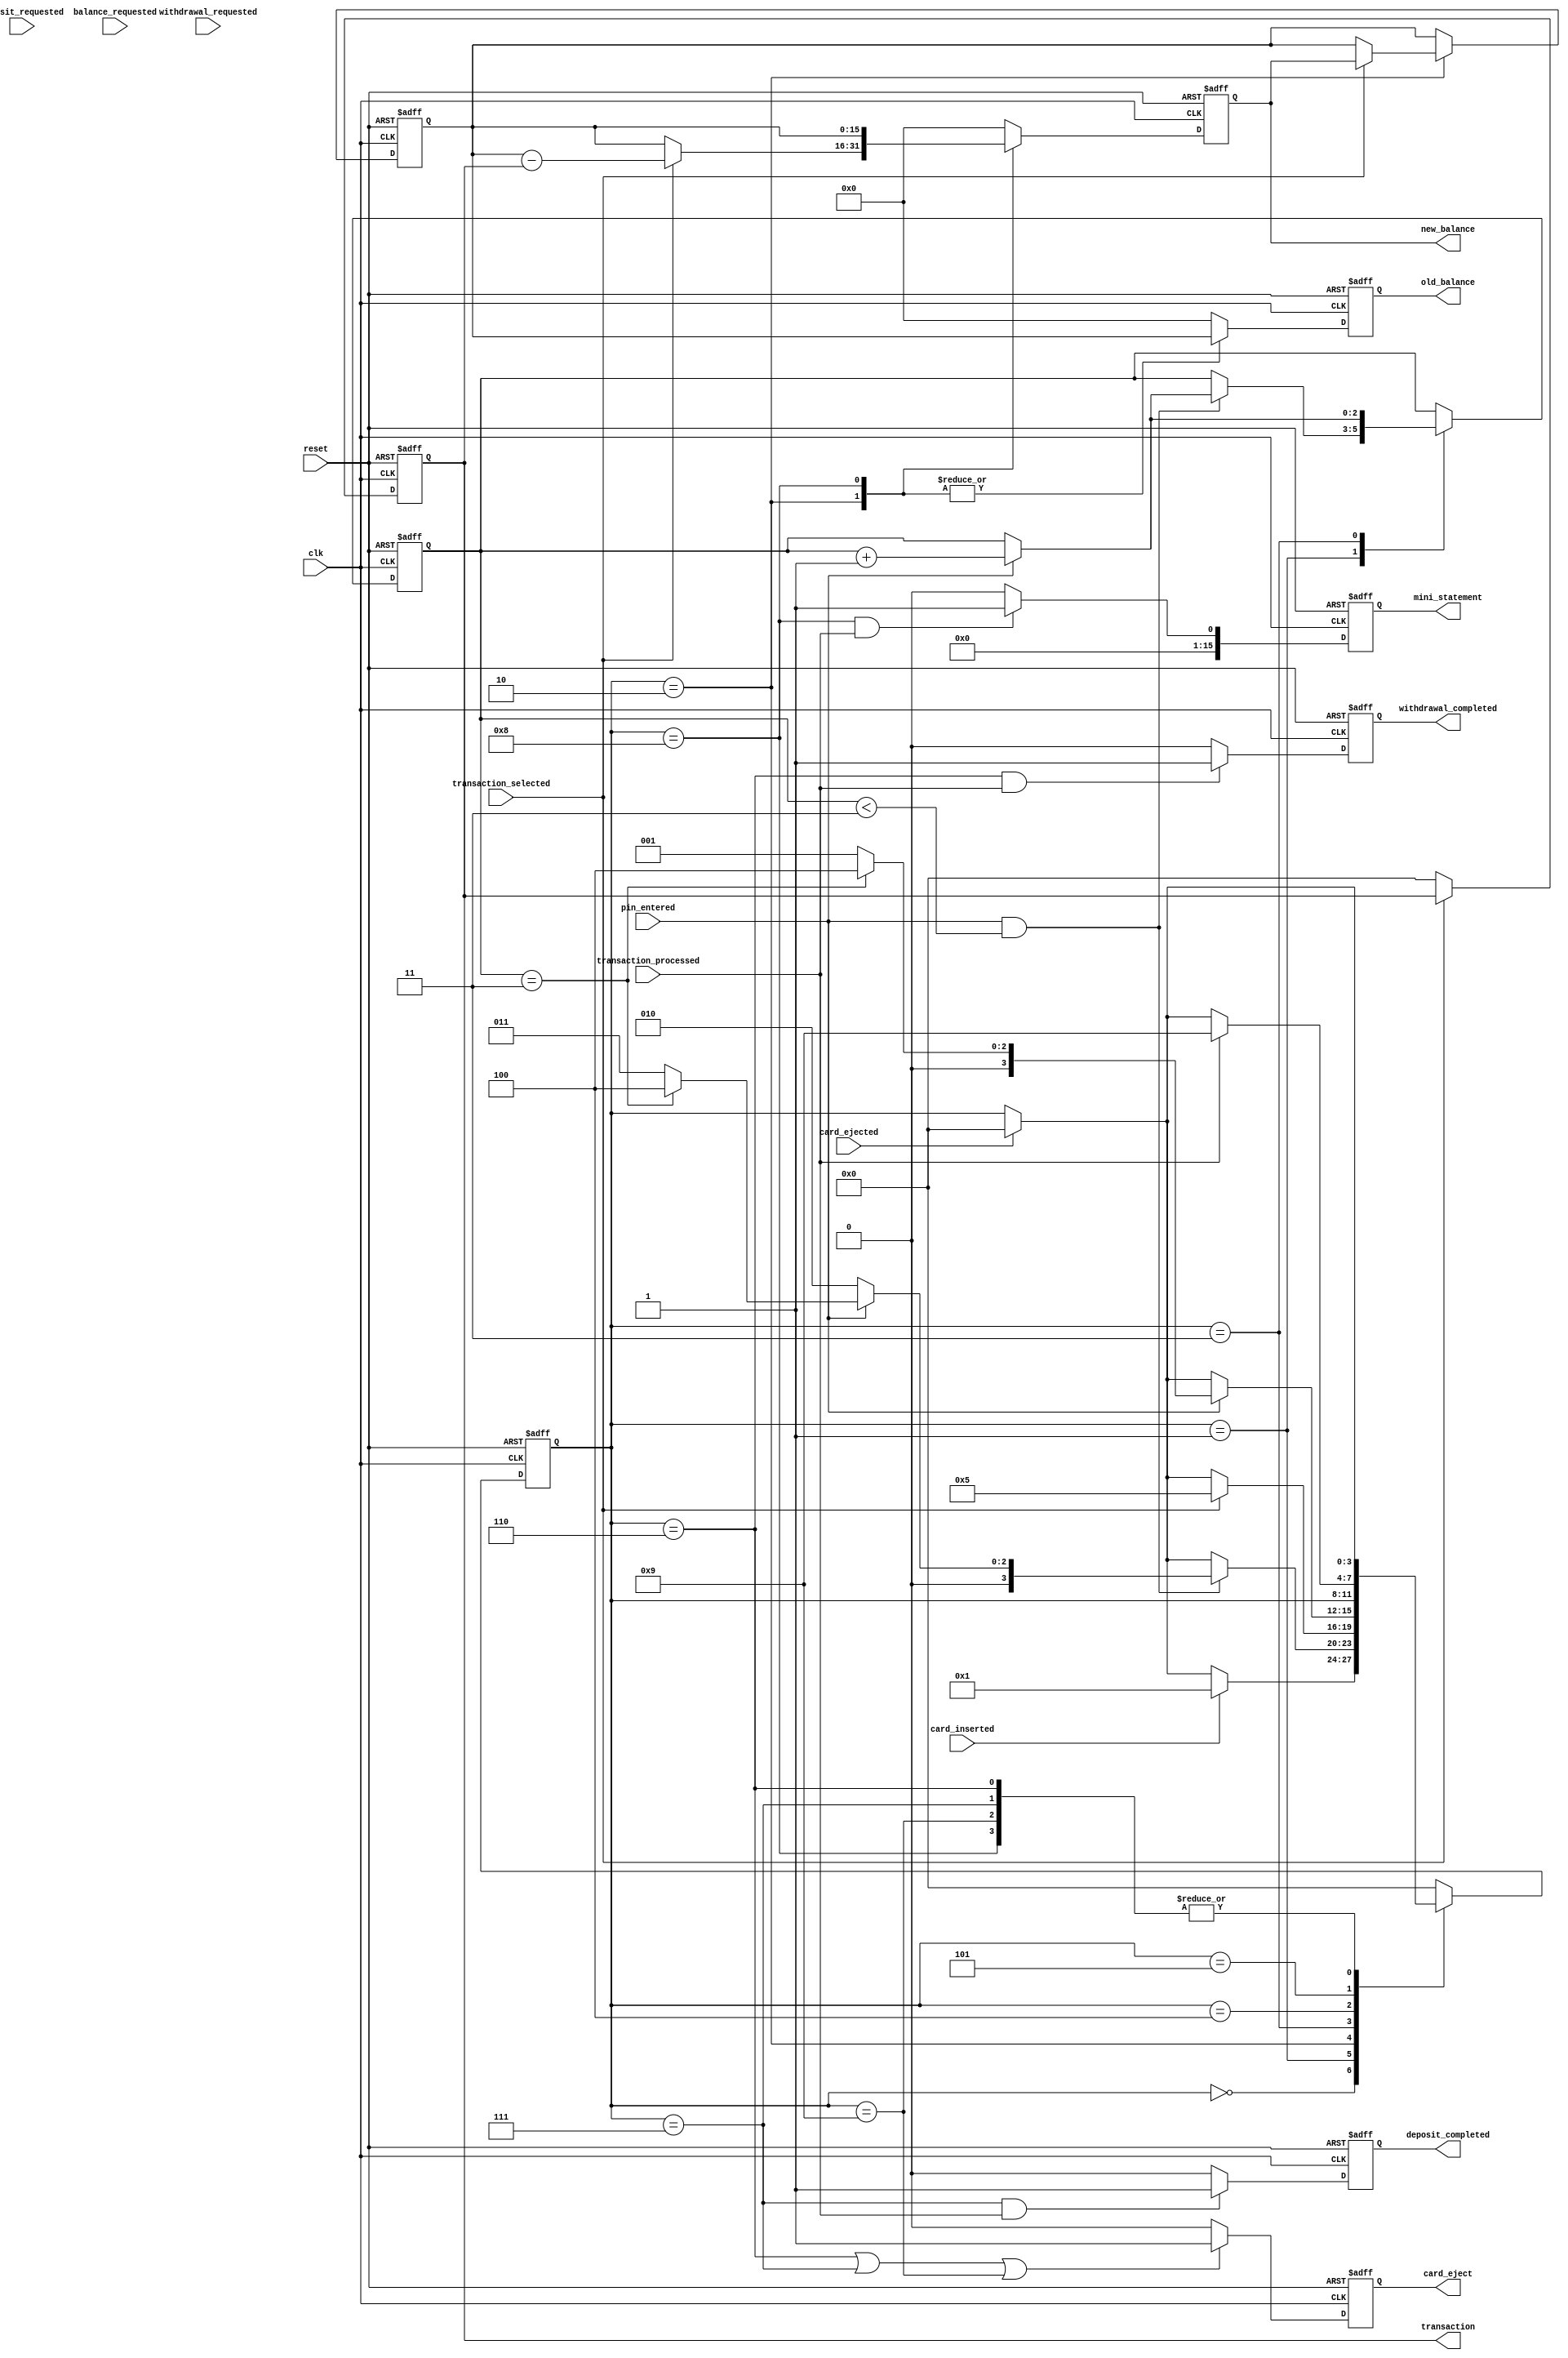
module ATM_Controller (
  input wire clk,
  input wire reset,
  input wire card_inserted,
  input wire pin_entered,
  input wire transaction_selected,
  input wire transaction_processed,
  input wire card_ejected,
  input wire withdrawal_requested,
  input wire deposit_requested,
  input wire balance_requested,
  output reg card_eject,
  output reg [3:0] transaction,
  output reg withdrawal_completed,
  output reg deposit_completed,
  output reg [15:0] old_balance,
  output reg [15:0] new_balance,
  output reg [15:0] mini_statement
);

  // Define the states
  localparam IDLE_STATE = 4'b0000;
  localparam CARD_INSERTED_STATE = 4'b0001;
  localparam PIN_VERIFIED_STATE = 4'b0010;
  localparam PIN_INVALID_STATE = 4'b0011;
  localparam LOCKED_STATE = 4'b0100;
  localparam TRANSACTION_SELECTED_STATE = 4'b0101;
  localparam WITHDRAWAL_STATE = 4'b0110;
  localparam DEPOSIT_STATE = 4'b0111;
  localparam BALANCE_INQUIRY_STATE = 4'b1000;
  localparam TRANSACTION_COMPLETE_STATE = 4'b1001;

  // Define the parameters
  localparam MAX_PIN_ATTEMPTS = 3;
  localparam LOCKED_DURATION = 24;

  // Define the outputs
  reg [3:0] state;
  reg [2:0] pin_attempts;
  reg [3:0] lock_timer;
  reg [15:0] balance;

  // Define the state register
  always @(posedge clk or posedge reset) begin
    if (reset) begin
      state <= IDLE_STATE;
      pin_attempts <= 0;
      lock_timer <= 0;
    end
    else begin
      case (state)
        IDLE_STATE:
          if (card_inserted)
            state <= CARD_INSERTED_STATE;
          else if (card_ejected)
            state <= IDLE_STATE;
        CARD_INSERTED_STATE:
          if (pin_entered && pin_attempts < MAX_PIN_ATTEMPTS) begin
            if (pin_entered == 4'b0000) // Replace with actual valid PIN
              state <= PIN_VERIFIED_STATE;
            else begin
              pin_attempts <= pin_attempts + 1;
              if (pin_attempts == MAX_PIN_ATTEMPTS)
                state <= LOCKED_STATE;
              else
                state <= PIN_INVALID_STATE;
            end
          end
          else if (card_ejected)
            state <= IDLE_STATE;
        PIN_VERIFIED_STATE:
          if (transaction_selected)
            state <= TRANSACTION_SELECTED_STATE;
          else if (card_ejected)
            state <= IDLE_STATE;
        PIN_INVALID_STATE:
          if (pin_entered) begin
            pin_attempts <= pin_attempts + 1;
            if (pin_attempts == MAX_PIN_ATTEMPTS)
              state <= LOCKED_STATE;
            else
              state <= CARD_INSERTED_STATE;
          end
          else if (card_ejected)
            state <= IDLE_STATE;
        LOCKED_STATE:
          if (lock_timer == LOCKED_DURATION)
            state <= IDLE_STATE;
          else
            lock_timer <= lock_timer + 1;
        TRANSACTION_SELECTED_STATE:
          if (transaction_processed)
            state <= TRANSACTION_COMPLETE_STATE;
          else if (card_ejected)
            state <= IDLE_STATE;
        WITHDRAWAL_STATE, DEPOSIT_STATE, BALANCE_INQUIRY_STATE, TRANSACTION_COMPLETE_STATE:
          if (card_ejected)
            state <= IDLE_STATE;
        default:
          state <= IDLE_STATE;
      endcase
    end
  end

  // Define the output register assignments
  always @(posedge clk or posedge reset) begin
    if (reset) begin
      card_eject <= 0;
      transaction <= 0;
      withdrawal_completed <= 0;
      deposit_completed <= 0;
      old_balance <= 0;
      new_balance <= 0;
      mini_statement <= 0;
      balance <= 1000; // Replace with initial balance value
    end
    else begin
      card_eject <= (state == WITHDRAWAL_STATE || state == DEPOSIT_STATE || state == TRANSACTION_COMPLETE_STATE) ? 1'b1 : 1'b0;
      transaction <= transaction_selected ? transaction : 4'b0000;
      withdrawal_completed <= (state == WITHDRAWAL_STATE && transaction_processed) ? 1'b1 : 1'b0;
      deposit_completed <= (state == DEPOSIT_STATE && transaction_processed) ? 1'b1 : 1'b0;
      mini_statement <= (state == BALANCE_INQUIRY_STATE && transaction_processed) ? 1'b1 : 1'b0;

      case (state)
        PIN_VERIFIED_STATE:
          begin
            old_balance <= balance;
            if (transaction_selected == 4'b0001) begin // Replace with withdrawal transaction code
              new_balance <= balance - transaction;
              balance <= new_balance;
            end
            else if (transaction_selected == 4'b0010) begin // Replace with deposit transaction code
              new_balance <= balance + transaction;
              balance <= new_balance;
            end
            else
              new_balance <= balance;
          end
        BALANCE_INQUIRY_STATE:
          begin
            old_balance <= balance;
            new_balance <= balance;
          end
        default:
          begin
            old_balance <= 0;
            new_balance <= 0;
          end
      endcase
    end
  end

endmodule